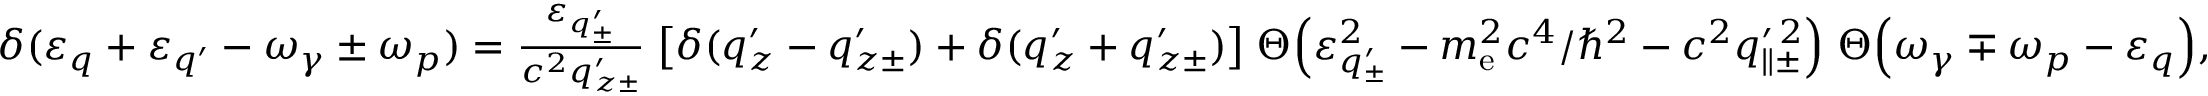
\begin{array} { r } { \delta ( \varepsilon _ { q } + \varepsilon _ { q ^ { \prime } } - \omega _ { \gamma } \pm \omega _ { p } ) = \frac { \varepsilon _ { q _ { \pm } ^ { \prime } } } { c ^ { 2 } q _ { z \pm } ^ { \prime } } \; \big [ \delta ( q _ { z } ^ { \prime } - q _ { z \pm } ^ { \prime } ) + \delta ( q _ { z } ^ { \prime } + q _ { z \pm } ^ { \prime } ) \big ] \; \Theta \Big ( \varepsilon _ { q _ { \pm } ^ { \prime } } ^ { 2 } - m _ { \mathrm { e } } ^ { 2 } c ^ { 4 } / \hbar ^ { 2 } - c ^ { 2 } q _ { \parallel \pm } ^ { \prime \, 2 } \Big ) \; \Theta \Big ( \omega _ { \gamma } \mp \omega _ { p } - \varepsilon _ { q } \Big ) , } \end{array}